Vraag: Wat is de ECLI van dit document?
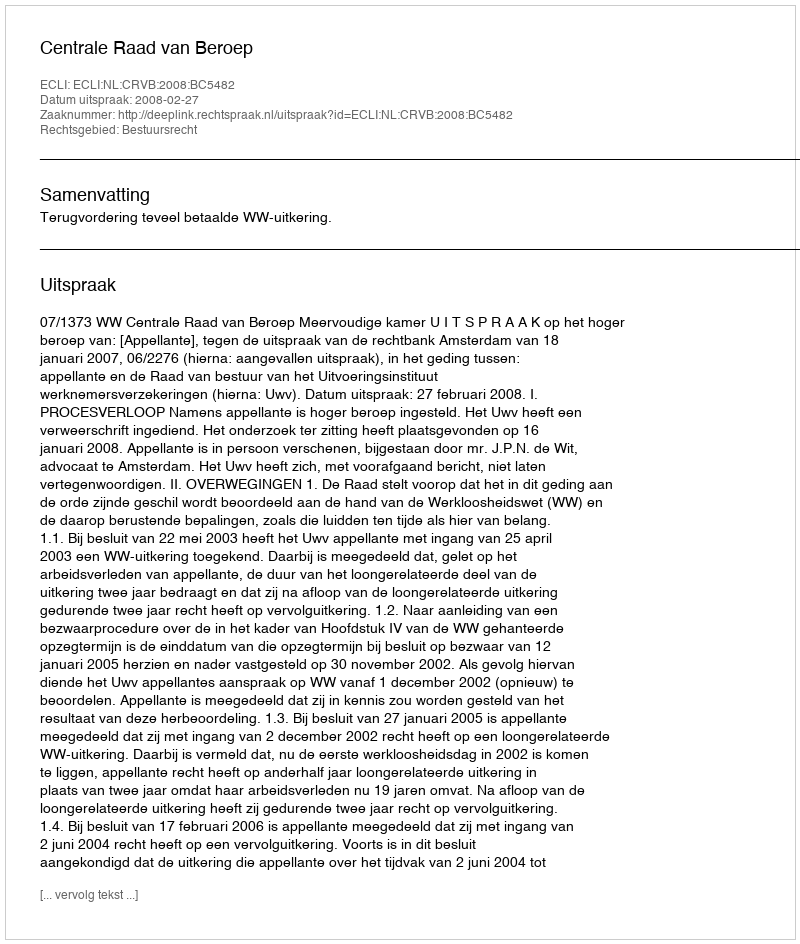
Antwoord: ECLI:NL:CRVB:2008:BC5482